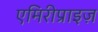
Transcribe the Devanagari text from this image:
एमिरीप्राइज़